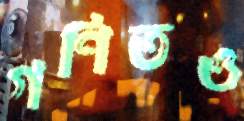
গণিতও